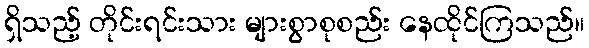
ရှိသည့် တိုင်းရင်းသား များစွာစုစည်း နေထိုင်ကြသည်။